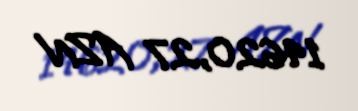
14620,27 AZN